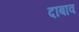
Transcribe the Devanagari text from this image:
दाबाव